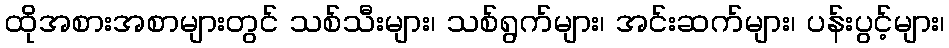
ထိုအစားအစာများတွင် သစ်သီးများ၊ သစ်ရွက်များ၊ အင်းဆက်များ၊ ပန်းပွင့်များ၊